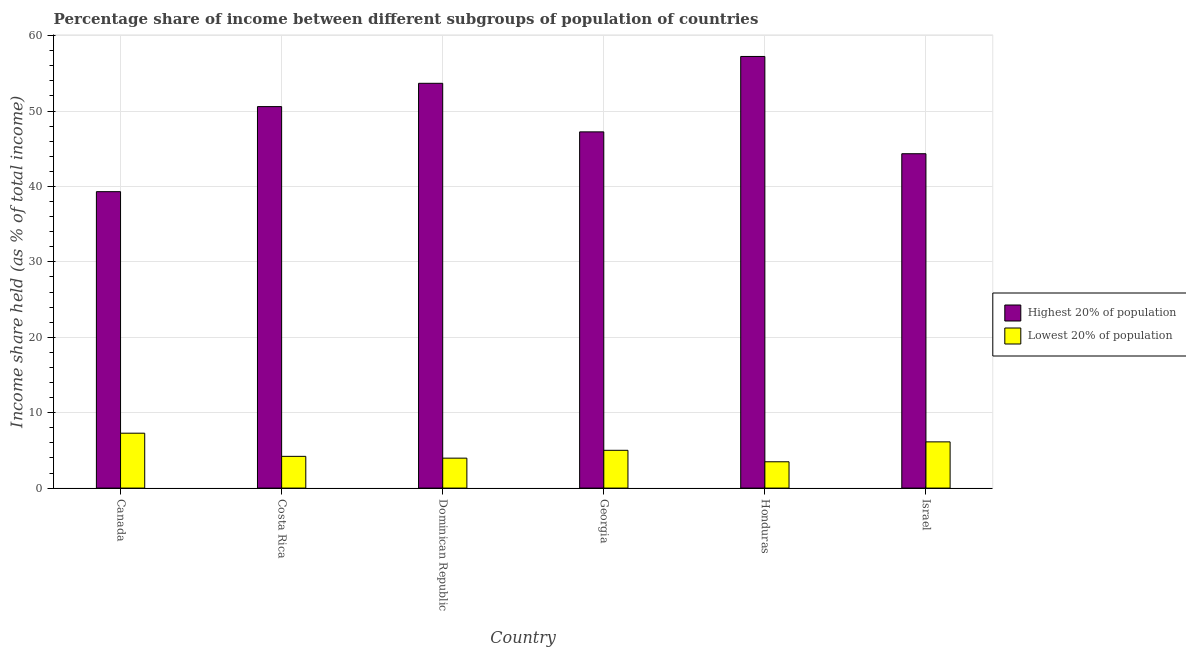
| Country | Highest 20% of population | Lowest 20% of population |
 | --- | --- | --- |
 | Canada | 39.3 | 7.28 |
 | Costa Rica | 50.6 | 4.21 |
 | Dominican Republic | 53.7 | 3.97 |
 | Georgia | 47.2 | 5.01 |
 | Honduras | 57.2 | 3.49 |
 | Israel | 44.3 | 6.13 |